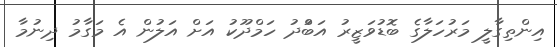
އިންތިގާލީ މަރުހަލާގެ ބޮޑުވަޒީރު އަބްުދު ހަމްދޫކު އަށް އަލުން އެ މަގާމު ދިނުމާ